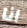
انا